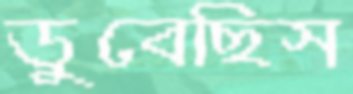
ডুবেছিস